Vital statistics of India. Vol. V, Reports of 1876 on armies & jails and on epidemic cholera
Year: 1876
Disease focus: Cholera
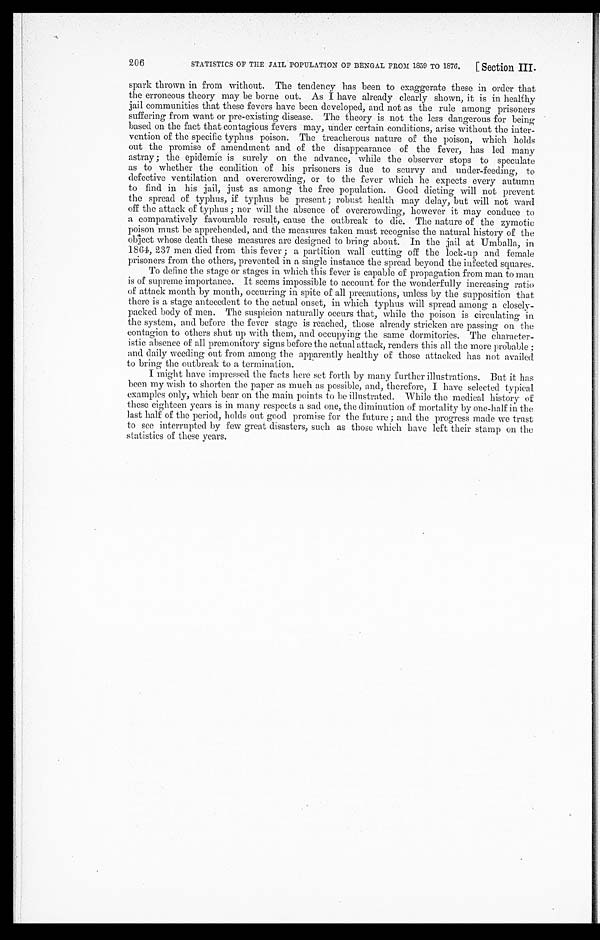
STATISTICS OF THE JAIL POPULATION OF BENGAL FROM 1859 TO 1876.
[ Section III.
206
spark thrown in from without. The tendency has been to exaggerate these in order that
the erroneous theory may be borne out. As I have already clearly shown, it is in healthy
jail communities that these fevers have been developed, and not as the rule among prisoners
suffering from want or pre-existing disease. The theory is not the less dangerous for being
based on the fact that contagious fevers may, under certain conditions, arise without the inter
-vention of the specific typhus poison. The treacherous nature of the poison, which holds
out the promise of amendment and of the disappearance of the fever, has led many
astray; the epidemic is surely on the advance, while the observer stops to speculate
as to whether the condition of his prisoners is due to scurvy and under-feeding, to
defective ventilation and overcrowding, or to the fever which he expects every autumn
to find in his jail, just as among the free population. Good dieting will not prevent
the spread of typhus, if typhus be present; robust health may delay, but will not ward
off the attack of typhus; nor will the absence of overcrowding, however it may conduce to
a comparatively favourable result, cause the outbreak to die. The nature of the zymotic
poison must be apprehended, and the measures taken must recognise the natural history of the
object whose death these measures are designed to bring about. In the jail at Umballa, in
1864, 237 men died from this fever; a partition wall cutting off the lock-up and female
prisoners from the others, prevented in a single instance the spread beyond the infected squares.
To define the stage or stages in which this fever is capable of propagation from man to man
is of supreme importance. It seems impossible to account for the wonderfully increasing ratio
of attack month by month, occurring in spite of all precautions, unless by the supposition that
there is a stage antecedent to the actual onset, in which typhus will spread among a closel
y - p a c k e d b o d y o f m e n . T h e s u s p i c i o n n a t u r a l l y o c c u r s t h a t , w h i l e t h e p o i s o n i s c i r c u l a t i n g i n
the system, and before the fever stage is reached, those already stricken are passing on the
contagion to others shut up with them, and occupying the same dormitories. The character
-istic absence of all premonitory signs before the actual attack, renders this all the more probable;
and daily weeding out from among the apparently healthy of those attacked has not availed
to bring the outbreak to a termination.
I might have impressed the facts here set forth by many further illustrations. But it has
been my wish to shorten the paper as much as possible, and, therefore, I have selected typical
examples only, which bear on the main points to be illustrated. While the medical history of
these eighteen years is in many respects a sad one, the diminution of mortality by one-half in the
last half of the period, holds out good promise for the future; and the progress made we trust
to see interrupted by few great disasters, such as those which have left their stamp on the
statistics of these years.